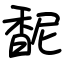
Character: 馜